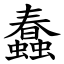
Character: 蠢